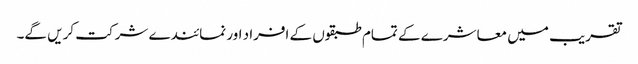
تقریب میں معاشرے کے تمام طبقوں کے افراد اور نمائندے شرکت کریں گے۔